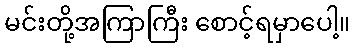
မင်းတို့အကြာကြီး စောင့်ရမှာပေါ့။